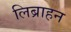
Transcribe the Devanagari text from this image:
लिब्राहन